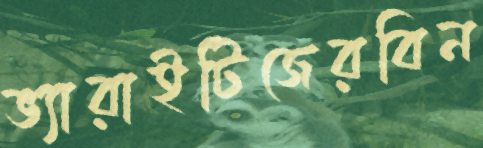
ভ্যারাইটিজেরবিন